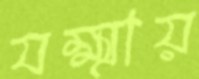
যক্ষ্মায়